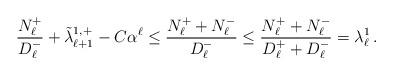
LaTeX: \begin{align*} \frac{N_\ell^+}{D_\ell^-}+\tilde{\lambda}_{\ell+1}^{1,+}-C\alpha^\ell\leq \frac{N_\ell^++N_\ell^-}{D_\ell^-}\leq \frac{N_\ell^++N_\ell^-}{D_\ell^++D_\ell^-}=\lambda_\ell^1\,. \end{align*}